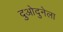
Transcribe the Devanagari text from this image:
दुओदुनेला